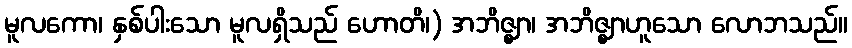
မူလကော၊ နှစ်ပါးသော မူလရှိသည် ဟောတိ၊) အဘိဇ္ဈာ၊ အဘိဇ္ဈာဟူသော လောဘသည်။